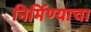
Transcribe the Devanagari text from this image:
निर्मिण्याचा